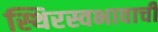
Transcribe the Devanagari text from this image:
स्थिरस्वभावाची